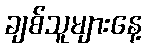
ချစ်သူများနေ့